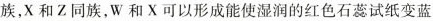
族，X和Z同族，W和X可以形成能使湿润的红色石蕊试纸变蓝